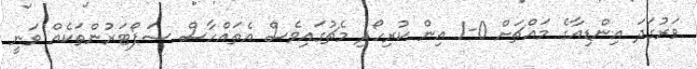
ވަރުގަދަ އިންޑިއާގެ މައްޗަށް 0-1 އިން ކުރިހޯދި މެޗުގައިވެސް އެތައްހާސް ސަޕޯޓަރުންތަކެއް ވަނީ